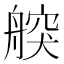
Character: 𦩤